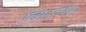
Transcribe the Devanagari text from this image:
प्रदाहरोधक